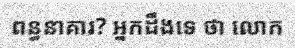
ពន្ធនាគារ? អ្នកដឹងទេ ថា លោក